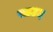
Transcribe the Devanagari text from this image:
साउद